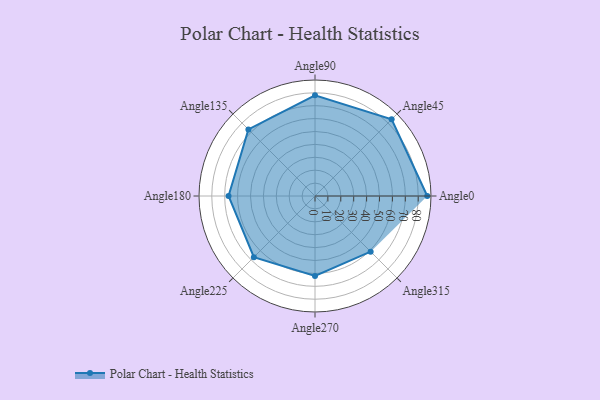
{"axis": {"x": "Angle", "y": "Radius"}, "legend": [""], "data": [{"x": "Angle0", "y": 87.0, "type": ""}, {"x": "Angle45", "y": 84.0, "type": ""}, {"x": "Angle90", "y": 78.0, "type": ""}, {"x": "Angle135", "y": 73.0, "type": ""}, {"x": "Angle180", "y": 67.0, "type": ""}, {"x": "Angle225", "y": 67.0, "type": ""}, {"x": "Angle270", "y": 62.0, "type": ""}, {"x": "Angle315", "y": 61.0, "type": ""}]}